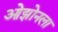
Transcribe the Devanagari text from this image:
ओझोनला